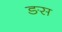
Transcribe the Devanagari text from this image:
ङस